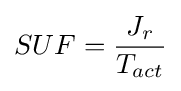
SUF={\dfrac {J_{r}}{T_{act}}}